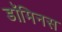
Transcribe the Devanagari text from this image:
डॉमिनस